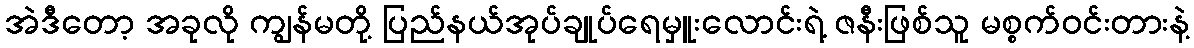
အဲဒီတော့ အခုလို ကျွန်မတို့ ပြည်နယ်အုပ်ချုပ်ရေမှူးလောင်းရဲ့ ဇနီးဖြစ်သူ မစ္စက်ဝင်းတားနဲ့